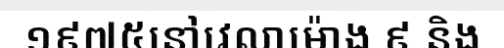
១៩៧៥នៅវេលាម៉ោង ៩ និង